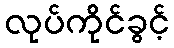
လုပ်ကိုင်ခွင့်